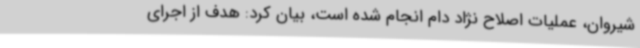
شیروان، عملیات اصلاح نژاد دام انجام شده است، بیان کرد: هدف از اجرای